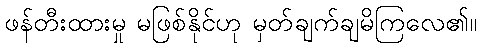
ဖန်တီးထားမှု မဖြစ်နိုင်ဟု မှတ်ချက်ချမိကြလေ၏။